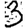
Digit: 3